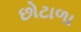
છોટાળા